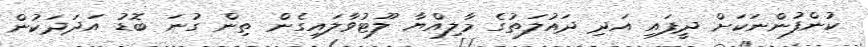
ކުންފުންނަކަށް ދީފައި އަދި ދައުލަތުގެ މާލިއްޔާ ލޫޓުވާލައިގެން ތިން ގުނަ ބޮޑު އަދަދަކުން